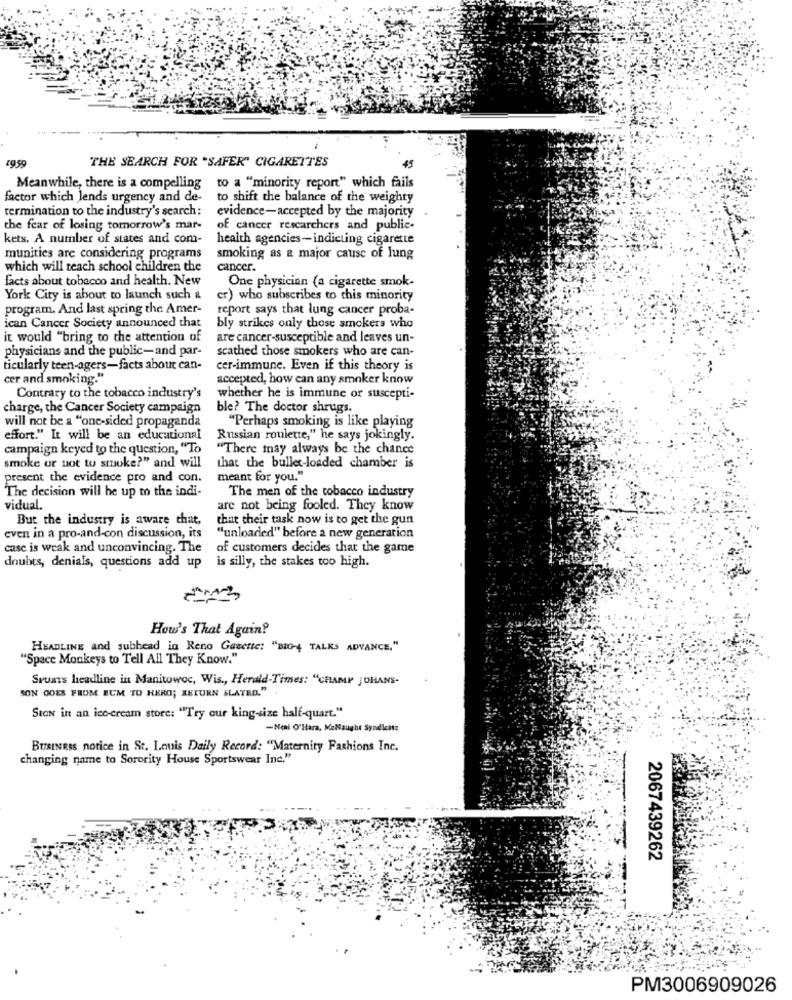
THE SEARCH FOR "SAFER" CIGARETTES
Meanwhile, there is a compelling to a "minority report" which fails
factor which lends urgency and de-
to shift the balance of the weighty
termination to the industry's search :
evidence-accepted by the majority
the fear of losing tomorrow's mar-
of cancer researchers and public-
kets. A number of states and com-
health agencies-indicting cigarette
munities are considering programs
smoking as a major cause of lung
which will teach school children the
cancer.
facts about tobacco and health. New
One physician (a cigarette smok-
York City is about to launch such &
cr) who subscribes to this minority
program. And last spring the Amer-
report says that lung cancer proba-
ican Cancer Society announced that
bly strikes only those smokers who
it would "bring to the attention of
are cancer-susceptible and leaves un-
physicians and the public-and par-
scathed those smokers who are can-
ticularly teen-agers-facts about can-
cer-immune. Even if this theory is
cer and smoking."
accepted, how can any smoker know
Contrary to the tobacco industry's
whether he is immune or suscepti-
charge, the Cancer Society campaign
ble? The doctor shrugs.
will not be a "one-sided propaganda
"Perhaps smoking is like playing
effort." It will be an educational
Russian roulette," he says jokingly.
campaign keyed to the question, "To
"There may always be the chance
smoke or not to smoke?" and will
that the bullet-loaded chamber is
present the evidence pro and con.
meant for you."
The men of the tobacco industry
The decision will be up to the indi-
vidual.
are not being fooled. They know
But the industry is aware that,
that their task now is to get the gun
even in a pro-and-con discussion, its
"unloaded" before a new generation
case is weak and unconvincing. The
of customers decides that the game
doubts, denials, questions add up is silly, the stakes too high.
How's That Again!
HEADLINE and subhead in Reno Gazette: "BIG-4 TALKS ADVANCE."
"Space Monkeys to Tell All They Know."
Sruas headline in Manitowoc, Wis ., Herald-Times: "CHAMP JOHANS-
SON GOES FROM EUM TO HERO; XKEURN SLATED."
SIGN in an ice-cream store: "Try our king-size half-quart."
-Neal O'Hara, MeNaught Syndicate
BUSINESS notice in St. Imuis Daily Record: "Maternity Fashions Inc.
changing name to Sorority House Sportswear Inc."
2067439262
PM3006909026